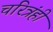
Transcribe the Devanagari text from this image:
चरित्रंही